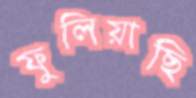
ফুলিয়াছি